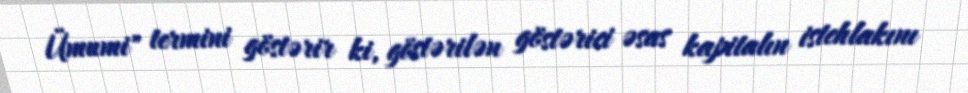
Ümumi" termini göstərir ki, göstərilən göstərici əsas kapitalın istehlakını